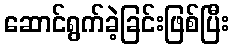
ဆောင်ရွက်ခဲ့ခြင်းဖြစ်ပြီး